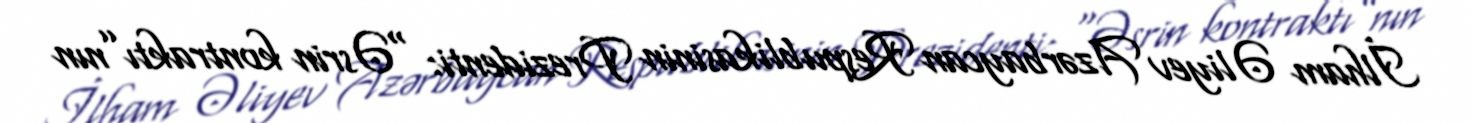
İlham Əliyev Azərbaycan Respublikasinin Prezidenti: “Əsrin kontraktı”nın